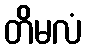
တိမလံ